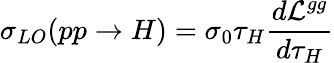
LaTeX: \sigma_{LO}(pp\to H)=\sigma_{0}\tau_{H}\frac{d{\cal L}^{gg}}{d\tau_{H}}